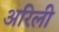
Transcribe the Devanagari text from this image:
अरिली